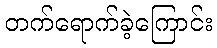
တက်ရောက်ခဲ့ကြောင်း